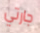
جارتي